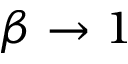
\beta \to 1